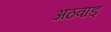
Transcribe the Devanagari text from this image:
अठवाड्